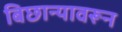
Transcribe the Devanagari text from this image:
बिछान्यावरून